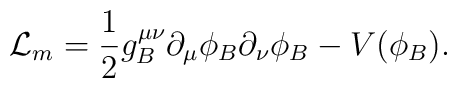
{\cal L}_m=\frac{1}{2}g_B^{\mu\nu}\partial_\mu\phi_B\partial_\nu\phi_B -V(\phi_B).